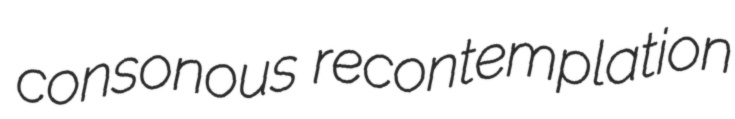
consonous recontemplation